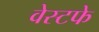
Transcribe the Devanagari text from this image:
वेस्टफे